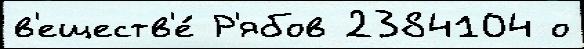
в'еществ'е́ Р'ябов 2384104 о